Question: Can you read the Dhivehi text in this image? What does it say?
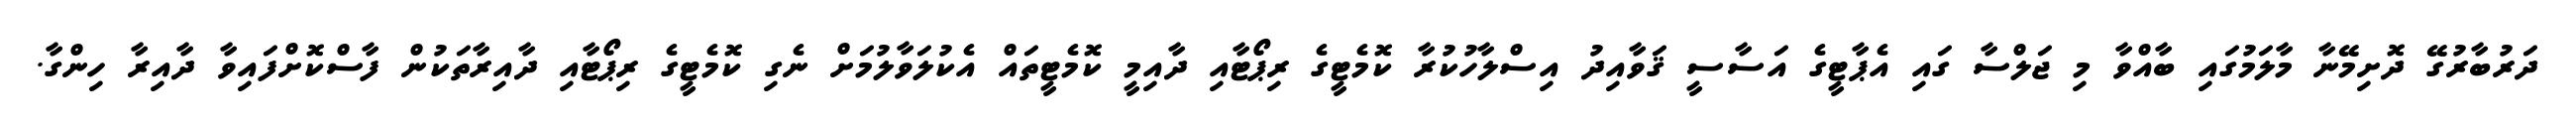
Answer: ދަރުބާރުގޭ ދޮށިމޭނާ މާލަމުގައި ބާއްވާ މި ޖަލްސާ ގައި އެޕާޓީގެ އަސާސީ ޤަވާއިދު އިސްލާހުކުރާ ކޮމެޓީގެ ރިޕޯޓާއި ދާއިމީ ކޮމެޓީތައް އެކުލަވާލުމަށް ނެގި ކޮމެޓީގެ ރިޕޯޓާއި ދާއިރާތަކުން ފާސްކޮށްފައިވާ ދާއިރާ ހިންގާ.